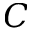
C